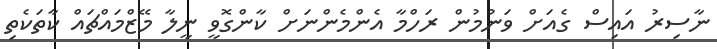
ނާސިރު އައިސް ގެއަށް ވަނުމުން ރަހްމާ އެންމެންނަށް ކާންގޮވީ ނީލާ މޭޒްމައްޗައް ކާތަކެތި